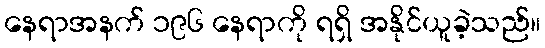
နေရာအနက် ၁၉၆ နေရာကို ရရှိ အနိုင်ယူခဲ့သည်။